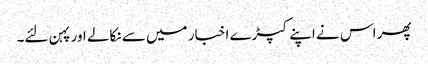
پھر اس نے اپنے کپڑے اخبار میں سے نکالے اور پہن لئے۔